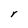
Character: r